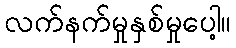
လက်နက်မှုနှစ်မှုပေါ့။